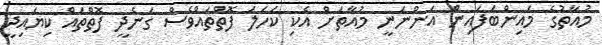
މުއާތުގެ މައިންބަފައިން އަންނަނީ މުއާތަށް އެކި ކަހަލަ ފޮތްތައްވެސް ގަނެދީ ފޮތްތައް ކިޔައިދީ